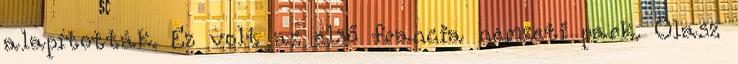
alapították. Ez volt az első francia nemzeti park. Olasz